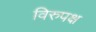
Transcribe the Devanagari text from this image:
विरुपक्ष